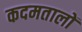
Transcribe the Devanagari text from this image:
कदमतालों